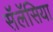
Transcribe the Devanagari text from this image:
सॅलॅसिया